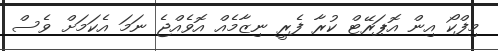
މިފްކޯ އިން އޮޕަރޭޓް ކުރާ ފެރީ ނިޒާމެއް އޮވެއްޖެ ނަމަ އެކަމަށް ވެސް